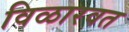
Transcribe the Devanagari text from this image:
विळारवत